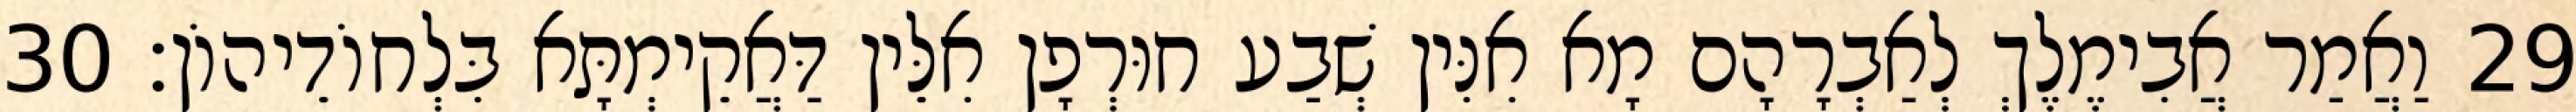
29 וַאֲמַר אֲבִימֶלֶךְ לְאַבְרָהָם מָא אִנִּין שְׁבַע חוּרְפָן אִלֵּין דַּאֲקֵימְתָּא בִּלְחוֹדֵיהוֹן׃ 30